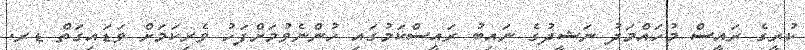
ކުރީގެ ރައީސް މުހައްމަދު ނަޝީދުގެ ނައިބު ރައީސްކަމުގައި ހުންނެވުމަށްފަހު ވެރިކަމަށް ވަޑައިގަތް ޑރ.